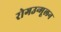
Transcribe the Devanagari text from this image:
रोगउन्मूलन